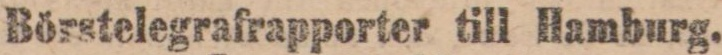
Börstelegrafrapporter till Hamburg.